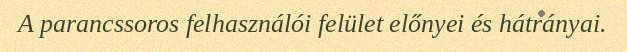
A parancssoros felhasználói felület előnyei és hátrányai.